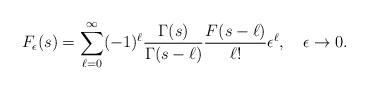
LaTeX: \begin{align*} F_\epsilon(s)=\sum_{\ell=0}^{\infty}(-1)^{\ell}\frac{\Gamma(s)}{\Gamma(s-\ell)}\frac{F(s-\ell)}{\ell!}\epsilon^{\ell},\quad\epsilon\rightarrow 0.\end{align*}